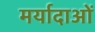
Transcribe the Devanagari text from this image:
मर्यादाआें